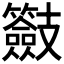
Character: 𭣠